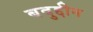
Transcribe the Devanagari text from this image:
बदुद्दीन